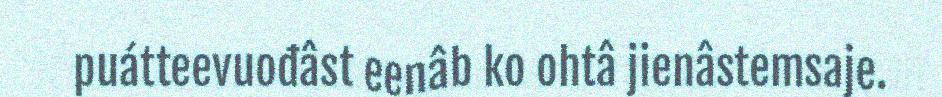
puátteevuođâst eenâb ko ohtâ jienâstemsaje.